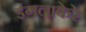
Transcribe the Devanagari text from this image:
इंगलाकेरे